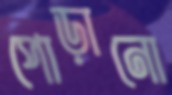
পোড়ানো